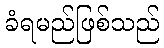
ခံရမည်ဖြစ်သည်